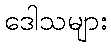
ဒေါသများ